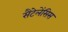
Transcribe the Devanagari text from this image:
सैंटेलेंसिस